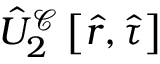
\hat { U } _ { 2 } ^ { \mathcal { C } } \left[ \hat { r } , \hat { \tau } \right]